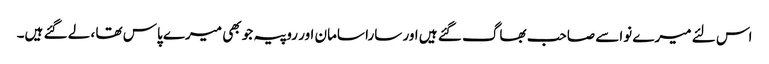
اس لئے میرے نواسے صاحب بھاگ گئے ہیں اور سارا سامان اور روپیہ جو بھی میرے پاس تھا ، لے گئے ہیں۔